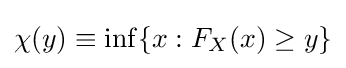
\chi (y)\equiv \inf\{x:F_{X}(x)\geq y\}